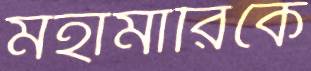
মহামারিকে